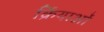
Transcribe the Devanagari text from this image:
र्क्रियाओं